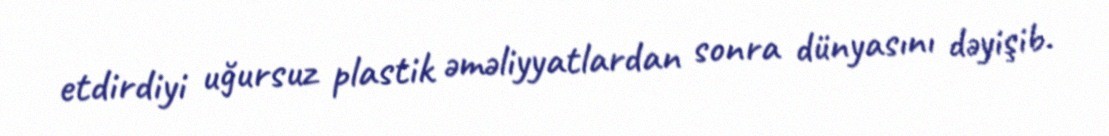
etdirdiyi uğursuz plastik əməliyyatlardan sonra dünyasını dəyişib.